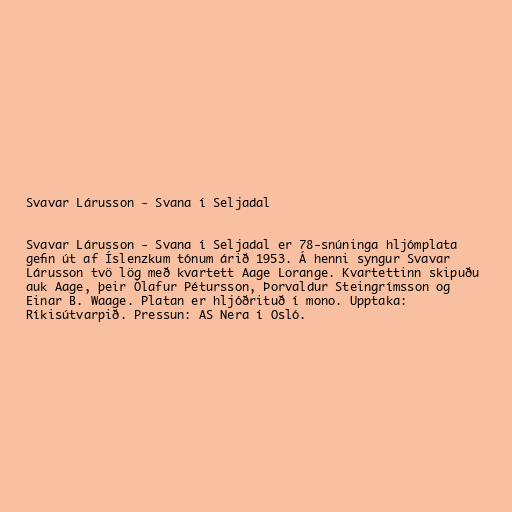
Svavar Lárusson - Svana í Seljadal

Svavar Lárusson - Svana í Seljadal er 78-snúninga hljómplata
gefin út af Íslenzkum tónum árið 1953. Á henni syngur Svavar
Lárusson tvö lög með kvartett Aage Lorange. Kvartettinn skipuðu
auk Aage, þeir Ólafur Pétursson, Þorvaldur Steingrímsson og
Einar B. Waage. Platan er hljóðrituð í mono. Upptaka:
Ríkisútvarpið. Pressun: AS Nera í Osló.